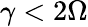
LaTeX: \gamma<2\Omega